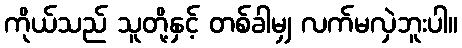
ကိုယ်သည် သူတို့နှင့် တစ်ခါမျှ လက်မလှဲဘူးပါ။